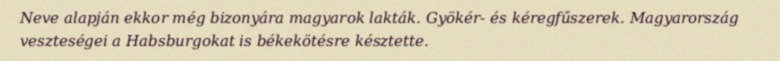
Neve alapján ekkor még bizonyára magyarok lakták. Gyökér- és kéregfűszerek. Magyarország veszteségei a Habsburgokat is békekötésre késztette.